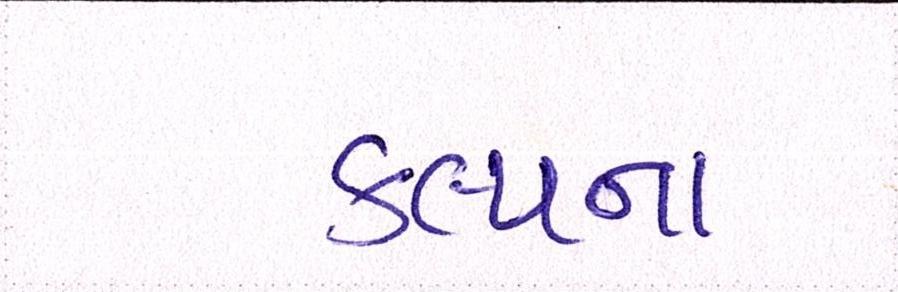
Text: કલ્પના